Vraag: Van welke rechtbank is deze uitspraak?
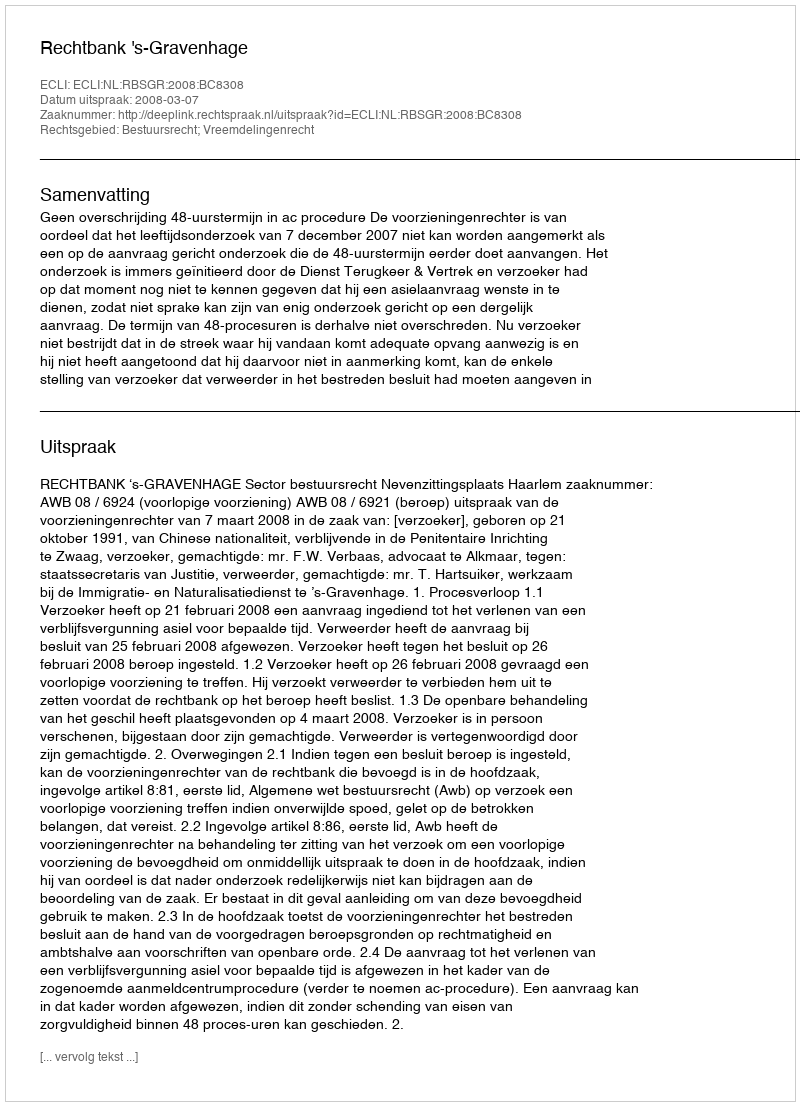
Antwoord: Rechtbank 's-Gravenhage